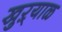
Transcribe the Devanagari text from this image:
खुऱ्‍याळ